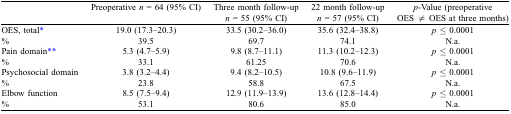
<table><thead><tr><td></td><td><b>Preoperative <i>n</i> = 64 (95% CI)</b></td><td><b>Three month follow-up <i>n</i> = 55 (95% CI)</b></td><td><b>22 month follow-up <i>n</i> = 57 (95% CI)</b></td><td><b><i>p</i>-Value (preoperative OES ≠ OES at three months)</b></td></tr></thead><tbody><tr><td>OES, total*</td><td>19.0 (17.3–20.3)</td><td>33.5 (30.2–36.0) </td><td>35.6 (32.4–38.8)</td><td><i>p</i> ≤ 0.0001</td></tr><tr><td>%</td><td>39.5</td><td>69.7</td><td>74.1</td><td>N.a.</td></tr><tr><td>Pain domain**</td><td>5.3 (4.7–5.9) </td><td>9.8 (8.7–11.1)</td><td>11.3 (10.2–12.3)</td><td><i>p</i> ≤ 0.0001</td></tr><tr><td>%</td><td>33.1</td><td>61.25</td><td>70.6</td><td>N.a.</td></tr><tr><td>Psychosocial domain</td><td>3.8 (3.2–4.4)</td><td>9.4 (8.2–10.5)</td><td>10.8 (9.6–11.9)</td><td><i>p</i> ≤ 0.0001</td></tr><tr><td>%</td><td>23.8</td><td>58.8</td><td>67.5</td><td>N.a.</td></tr><tr><td>Elbow function</td><td>8.5 (7.5–9.4)</td><td>12.9 (11.9–13.9)</td><td>13.6 (12.8–14.4)</td><td><i>p</i> ≤ 0.0001</td></tr><tr><td>%</td><td>53.1</td><td>80.6</td><td>85.0</td><td>N.a. </td></tr></tbody></table>